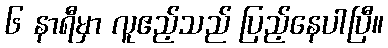
၆ နာရီမှာ လူဧည့်သည် ပြည့်နေပါပြီ။